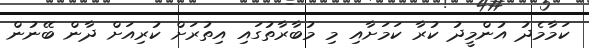
ކަމާމެދު އުންމީދު ކުރާ ކަމަށާއި މި މުބާރާތުގައި އިތުރަށް ކުރިއަށް ދާން ބޭނުން